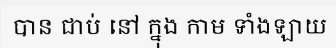
បាន ជាប់ នៅ ក្នុង កាម ទាំងឡាយ